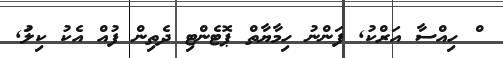
ް ހިއްސާ އަރްކު